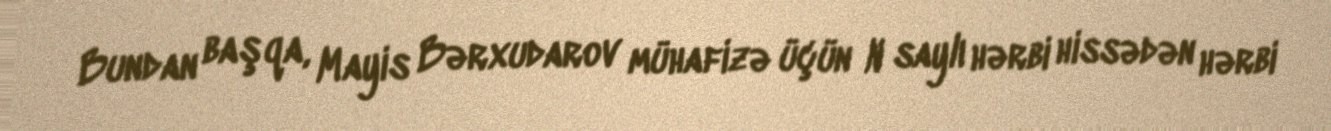
Bundan başqa, Mayis Bərxudarov mühafizə üçün N saylı hərbi hissədən hərbi